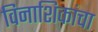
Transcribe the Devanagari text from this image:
विनाशिकांचा